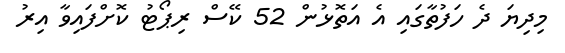
މިދިޔަ ދެ ހަފުތާގައި އެ އަތޮޅުން 52 ކޭސް ރިޕޯޓު ކޮށްފައިވާ އިރު